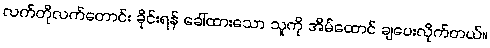
လက်တိုလက်တောင်း ခိုင်းရန် ခေါ်ထားသော သူကို အိမ်ထောင် ချပေးလိုက်တယ်။